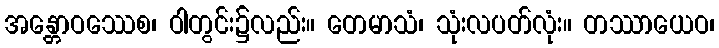
အန္တောဝဿေစ၊ ဝါတွင်း၌လည်း။ တေမာသံ၊ သုံးလပတ်လုံး။ တဿာယေဝ၊